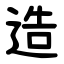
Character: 造